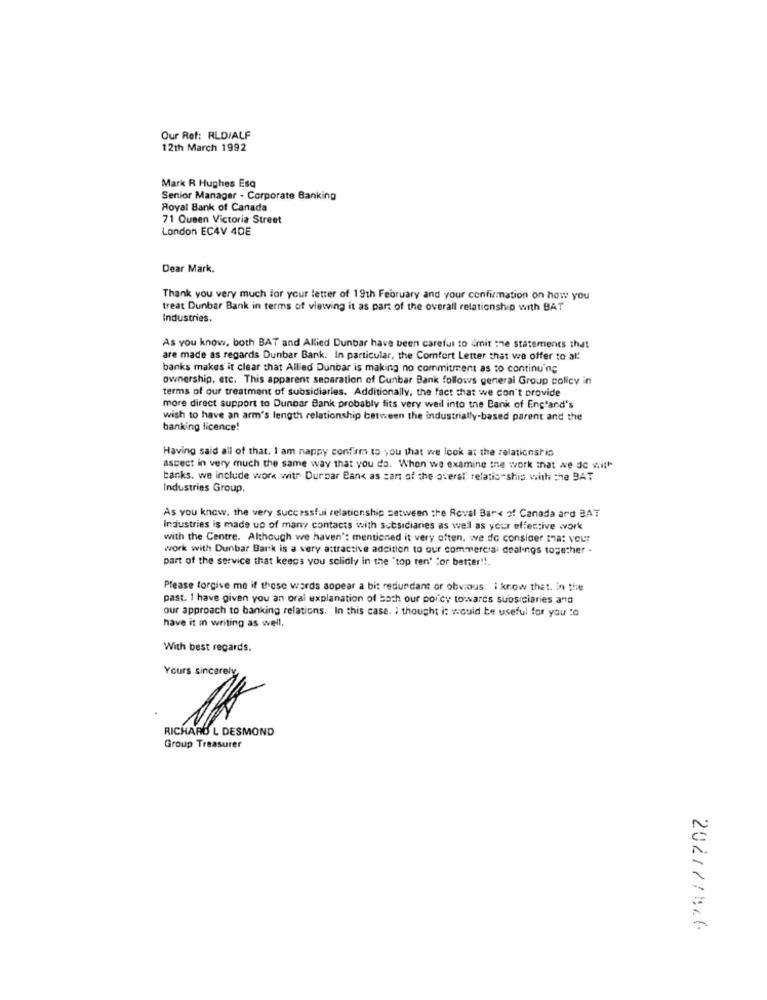
Our Ref: RLD/ALF
12th March 1992
Mark R Hughes Esq
Senior Manager - Corporate Banking
Royal Bank of Canada
71 Queen Victoria Street
London EC4V 4DE
Dear Mark,
Thank you very much for your letter of 19th February and your confirmation on how you
treat Dunbar Bank in terms of viewing it as part of the overall relationship with BAT
Industries.
As you know, both BAT and Allied Dunbar have been careful to imit the statements that
are made as regards Dunbar Bank. In particular, the Comfort Letter that we offer to al!
banks makes it clear that Allied Dunbar is making no commitment as to continuing
ownership, etc. This apparent separation of Cunbar Bank follows general Group policy in
terms of our treatment of subsidiaries. Additionally, the fact that we don't provide
more direct support to Dunbar Bank probably fits very weil into the Bank of Enc'and's
wish to have an arm's length relationship between the industrially-based parent and the
banking licence!
Having said all of that. I am nappy confirm to you that we look at the relationship
ascect in very much the same way that you do. When we examine ine work that we do with
banks. we include work with Durpar Bank as sant of the overal" relationship with the BAT
Industries Group,
As you know. the very successful relationship setween the Roval Bare of Canada ard BAT
Industries is made up of many contacts with subsidiaries as well as your effective work
with the Centre. Although we haven': mentioned it very often, we do consider that veur
work with Dunbar Bark is a very attractive addition to our commercial dealings together -
part of the service that keecs you sclidly in the "top ten' "or better !!.
Please forgive me if these words aopear a bit redundant or obvious. i know that. in the
past. 1 have given you an oral explanation of both our poicy towares subsiciaries and
our approach to banking relations. In this case. I thought i: would be useful for you to
have it in writing as well.
With best regards,
Yours sincerely
RICHARD L DESMOND
Group Treasurer
202177526